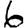
Digit: 6